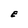
Character: E